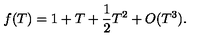
f ( T ) = 1 + T + { \frac { 1 } { 2 } } T ^ { 2 } + O ( T ^ { 3 } ) .